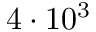
4 \cdot 1 0 ^ { 3 }